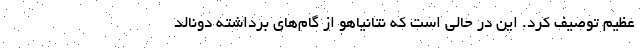
عظیم توصیف کرد. این در حالی است که نتانیاهو از گام‌های برداشته دونالد